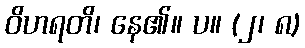
ဝိဟရတိ၊ နေ၏။ ပ။ (၂၊ ၈)